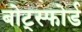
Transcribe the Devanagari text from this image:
बोट्स्फोर्ड